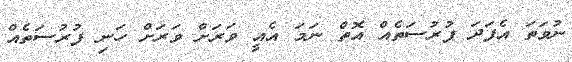
ނުވަތަ އެފަދަ ފުރުސަތެއް އޮތް ނަމަ އެއީ ވަރަށް ވަރަށް ހަނި ފުރުސަތެއް